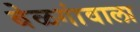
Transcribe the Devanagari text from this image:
बेळगांवाला